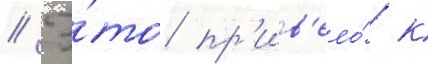
// Э́то пр'ив'ело́ к